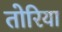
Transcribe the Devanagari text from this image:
तोरिया